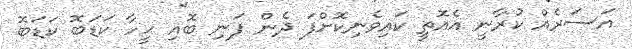
އަސަރެއް ކުރާނީ އެއޮތީ ކައިވެނިކޮށްފަ ދެން ފަނި ބޮއި ހީހާ ކަޑަބޮ ކަޑަބޮ